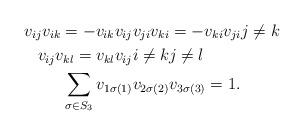
LaTeX: \begin{align*}v_{ij} v_{ik} = -v_{ik} v_{ij} & v_{ji} v_{ki} = -v_{ki} v_{ji} j \neq k \\v_{ij} v_{kl} = v_{kl} v_{ij} & i\neq k j \neq l \\\sum_{\sigma \in S_3} v_{1 \sigma(1)} &v_{2 \sigma(2)} v_{3 \sigma(3)} = 1. \end{align*}